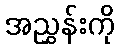
အညွှန်းကို